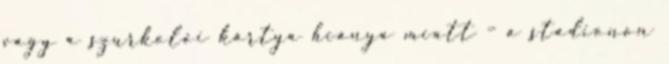
vagy a szurkolói kártya hiánya miatt – a stadionon